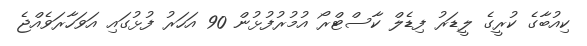
ކިއުބާގެ ކުރީގެ ލީޑަރު ފިޑެލް ކާސްޓްރޯ އުމުރުފުޅުން 90 އަހަރު ފުޅުގައި އަވަހާރަވެއްޖެ